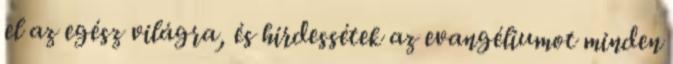
el az egész világra, és hirdessétek az evangéliumot minden